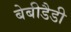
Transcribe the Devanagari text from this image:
बेबीडैडी